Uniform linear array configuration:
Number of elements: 16
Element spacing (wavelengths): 0.5
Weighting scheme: uniform
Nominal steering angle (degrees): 30
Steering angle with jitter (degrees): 29.596
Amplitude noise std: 0.05
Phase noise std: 0.05

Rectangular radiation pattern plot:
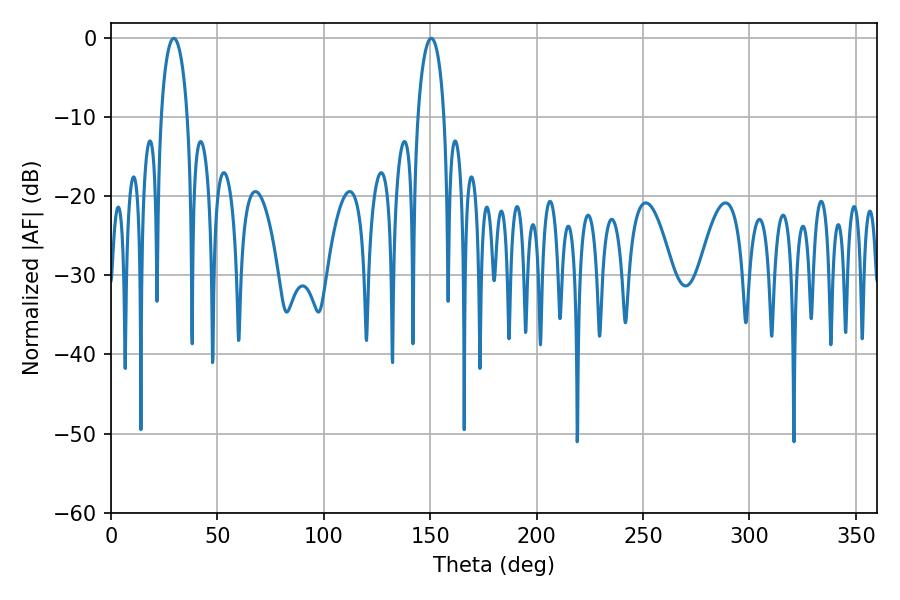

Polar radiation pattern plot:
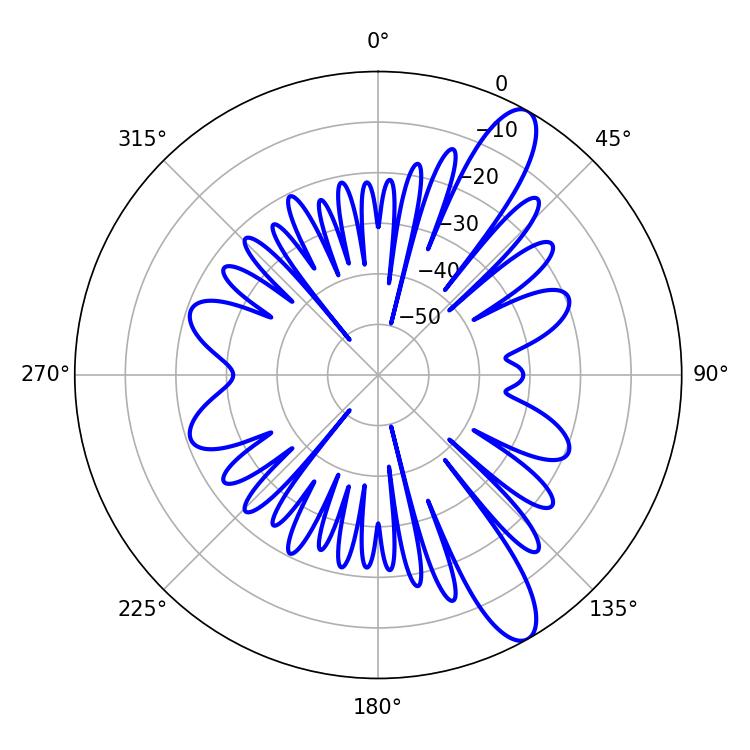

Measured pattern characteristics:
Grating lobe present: FALSE
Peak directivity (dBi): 11.651
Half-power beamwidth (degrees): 7.02
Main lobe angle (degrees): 29.52